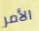
الأمر